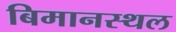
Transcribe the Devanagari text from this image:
बिमानस्थल